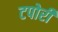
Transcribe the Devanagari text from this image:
टपोरी